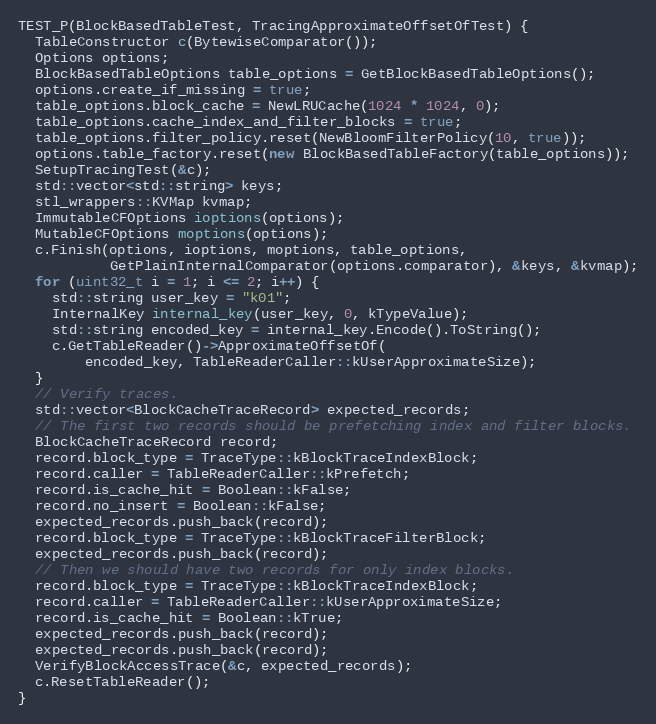
Language: C++
TEST_P(BlockBasedTableTest, TracingApproximateOffsetOfTest) {
  TableConstructor c(BytewiseComparator());
  Options options;
  BlockBasedTableOptions table_options = GetBlockBasedTableOptions();
  options.create_if_missing = true;
  table_options.block_cache = NewLRUCache(1024 * 1024, 0);
  table_options.cache_index_and_filter_blocks = true;
  table_options.filter_policy.reset(NewBloomFilterPolicy(10, true));
  options.table_factory.reset(new BlockBasedTableFactory(table_options));
  SetupTracingTest(&c);
  std::vector<std::string> keys;
  stl_wrappers::KVMap kvmap;
  ImmutableCFOptions ioptions(options);
  MutableCFOptions moptions(options);
  c.Finish(options, ioptions, moptions, table_options,
           GetPlainInternalComparator(options.comparator), &keys, &kvmap);
  for (uint32_t i = 1; i <= 2; i++) {
    std::string user_key = "k01";
    InternalKey internal_key(user_key, 0, kTypeValue);
    std::string encoded_key = internal_key.Encode().ToString();
    c.GetTableReader()->ApproximateOffsetOf(
        encoded_key, TableReaderCaller::kUserApproximateSize);
  }
  // Verify traces.
  std::vector<BlockCacheTraceRecord> expected_records;
  // The first two records should be prefetching index and filter blocks.
  BlockCacheTraceRecord record;
  record.block_type = TraceType::kBlockTraceIndexBlock;
  record.caller = TableReaderCaller::kPrefetch;
  record.is_cache_hit = Boolean::kFalse;
  record.no_insert = Boolean::kFalse;
  expected_records.push_back(record);
  record.block_type = TraceType::kBlockTraceFilterBlock;
  expected_records.push_back(record);
  // Then we should have two records for only index blocks.
  record.block_type = TraceType::kBlockTraceIndexBlock;
  record.caller = TableReaderCaller::kUserApproximateSize;
  record.is_cache_hit = Boolean::kTrue;
  expected_records.push_back(record);
  expected_records.push_back(record);
  VerifyBlockAccessTrace(&c, expected_records);
  c.ResetTableReader();
}